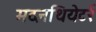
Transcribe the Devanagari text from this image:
मदनथियेटर्र